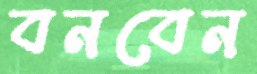
বনবেন